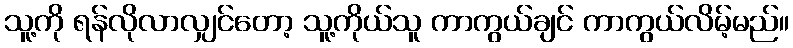
သူ့ကို ရန်လိုလာလျှင်တော့ သူ့ကိုယ်သူ ကာကွယ်ချင် ကာကွယ်လိမ့်မည်။